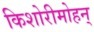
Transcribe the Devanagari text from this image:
किशोरीमोहन्